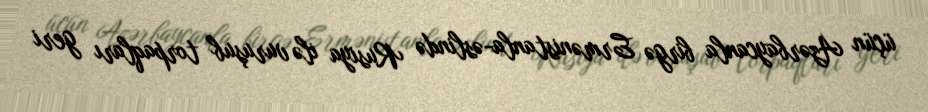
üçün Azərbaycanla birgə Ermənistanla-əslində Rusiya ilə vuruşub torpaqları geri